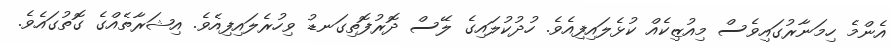
އެންމެ ހިމަނާރުގައިވެސް މިއުޒިކެއް ކުޅެލައިފިއެވެ. ހުދުކުލައިގެ ލޭސް ދޮރުފޮތިގަނޑު ވިހުރެލައިފިއެވެ. އިޝަރާތެއްގެ ގޮތުގައެވެ.